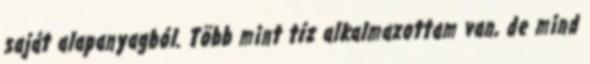
saját alapanyagból. Több mint tíz alkalmazottam van, de mind